Report on the bubonic plague in Bombay, 1896-1897
Year: 1896
Disease focus: Plague
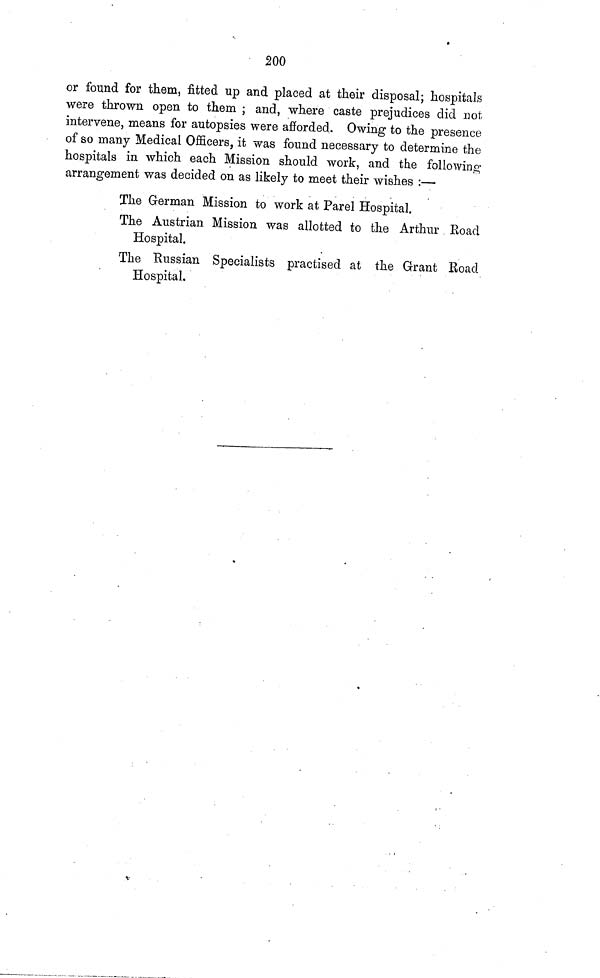
200
or found for them, fitted up and placed at their disposal; hospitals
were thrown open to them ; and, where caste prejudices did not
intervene, means for autopsies were afforded. Owing to the presence
of so many Medical Officers, it was found necessary to determine the
hospitals in which each Mission should work, and the following
arrangement was decided on as likely to meet their wishes :—
The German Mission to work at Parel Hospital.
The Austrian Mission was allotted to the Arthur Road
Hospital.
The Russian Specialists practised at the Grant Road
Hospital.